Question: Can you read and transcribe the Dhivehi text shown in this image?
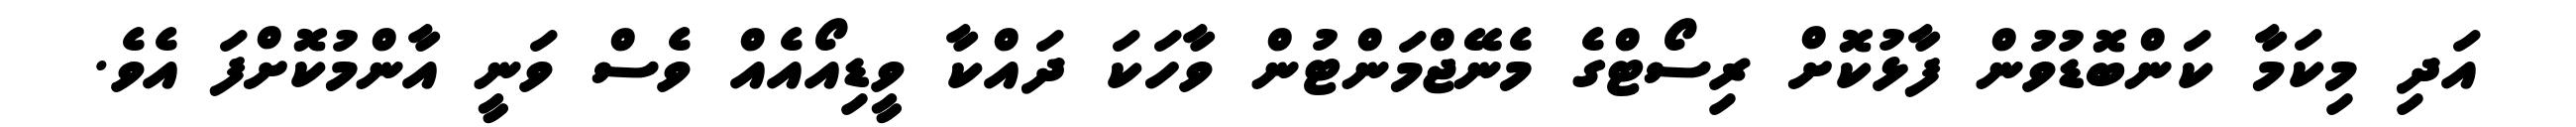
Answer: އަދި މިކަމާ ކަންބޮޑުވުން ފާޅުކޮށް ރިސޯޓްގެ މެނޭޖްމަންޓުން ވާހަކަ ދައްކާ ވީޑިއޯއެއް ވެސް ވަނީ އާންމުކޮށްފަ އެވެ.